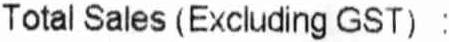
TOTAL SALES (EXCLUDING GST) :